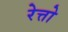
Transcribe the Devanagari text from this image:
रेत्तो